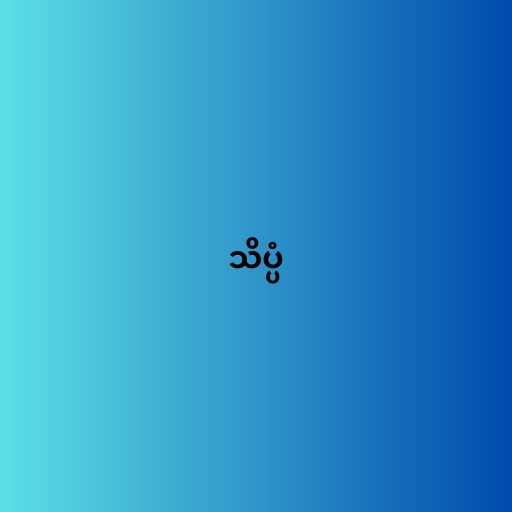
သိပ္ပံ